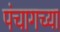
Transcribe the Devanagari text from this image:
पंचागच्या